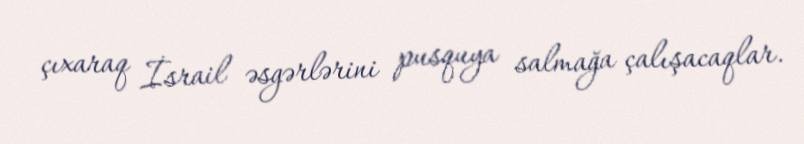
çıxaraq İsrail əsgərlərini pusquya salmağa çalışacaqlar.